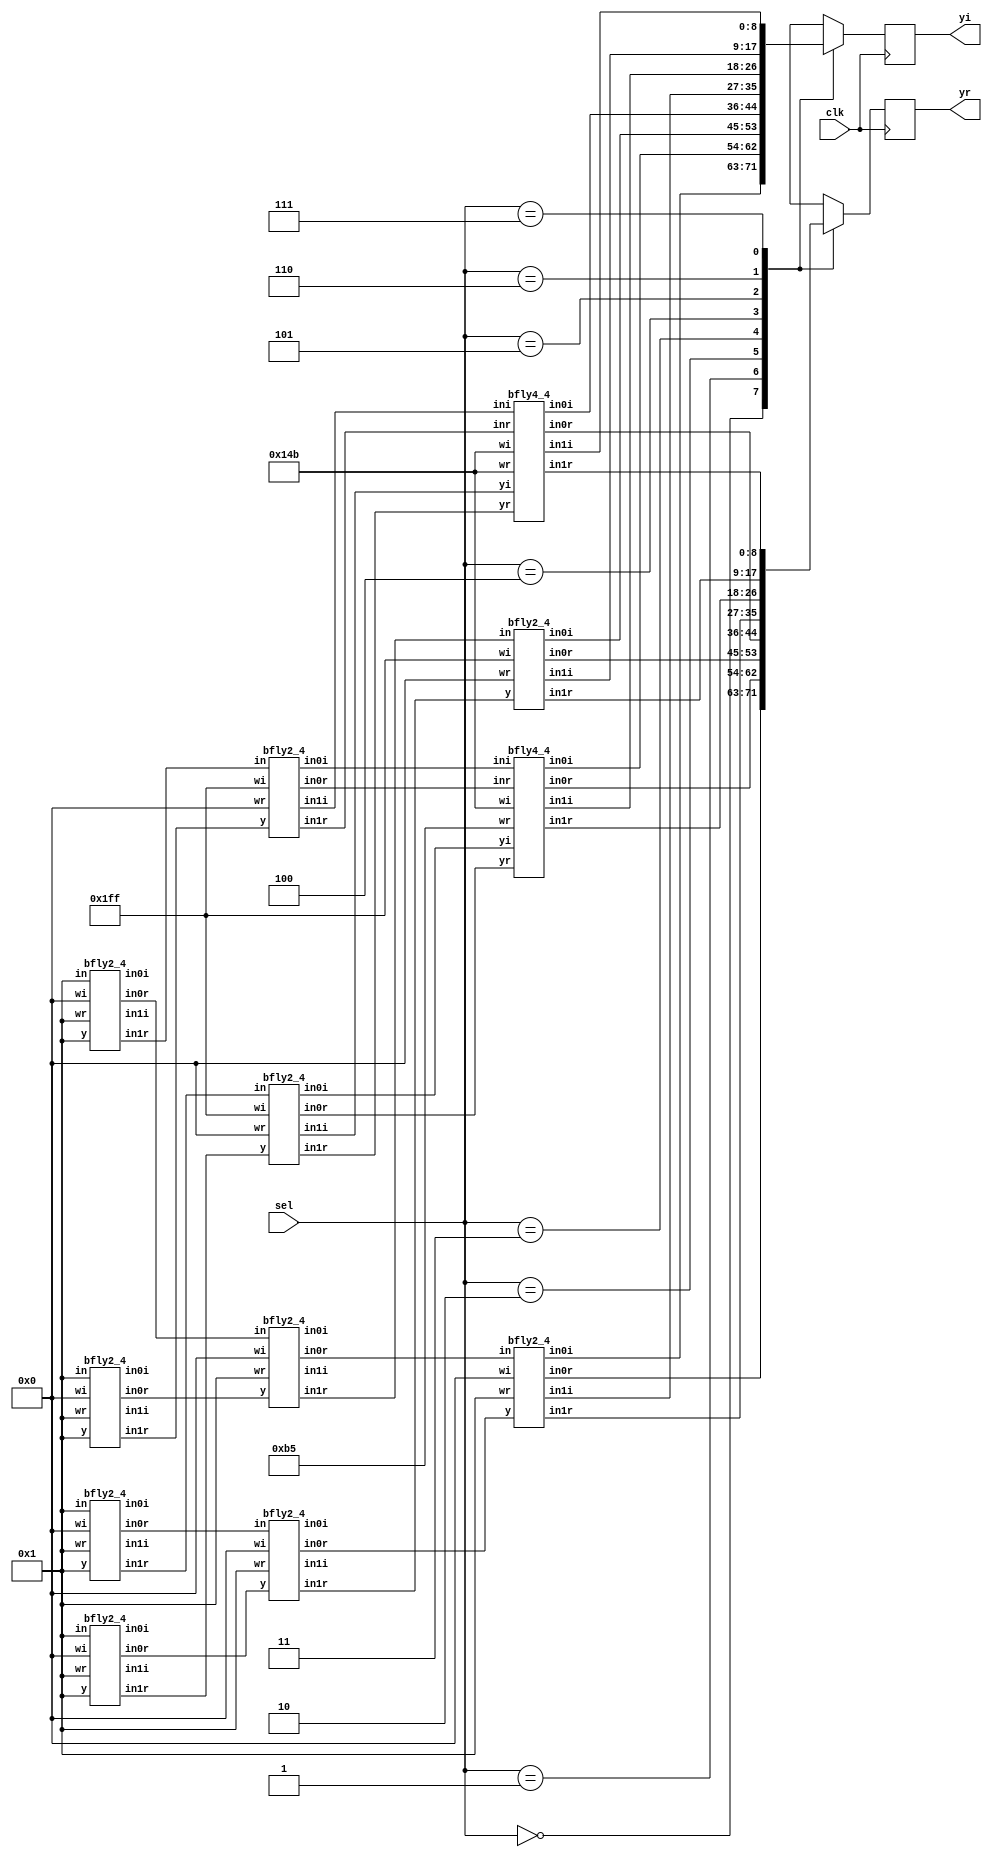
`timescale 1 ns/1 ns
module dit_fft_8(clk,sel,yr,yi);
input clk;
input [2:0] sel;
output reg [8:0] yr,yi;
wire [8:0] y0r,y1r,y2r,y3r,y4r,y5r,y6r,y7r,y0i,y1i,y2i,y3i,y4i,y5i,y6i,y7i;
wire [8:0] in20r,in20i,in21r,in21i,in22r,in22i,in23r,in23i,in24r,in24i,in25r,in25i,in26r,in26i,in27r,in27i;
wire [8:0] in10r,in10i,in11r,in11i,in12r,in12i,in13r,in13i,in14r,in14i,in15r,in15i,in16r,in16i,in17r,in17i;
wire [8:0] in0,in1,in2,in3,in4,in5,in6,in7;
parameter w0r=9'b1;
parameter w0i=9'b0;
parameter w1r=9'b010110101;                                        //0.707=0.10110101      
parameter w1i=9'b101001011;                                        //-0.707=1.01001011     
parameter w2r=9'b0;
parameter w2i=9'b111111111;                                        //-1(2's compliment)
parameter w3r=9'b101001011;                                        //-0.707=1.01001011
parameter w3i=9'b101001011;                                        //-0.707=1.01001011
//INPUT
assign in0=9'b1;                                                   //1
assign in1=9'b1;                                                   //1
assign in2=9'b1;                                                   //1
assign in3=9'b1;                                                   //1
assign in4=9'b1;                                                   //1
assign in5=9'b1;                                                   //1
assign in6=9'b1;                                                   //1
assign in7=9'b1;                                                   //1
//STAGE 1
bfly2_4 s11(in0,in4,w0r,w0i,in10r,in10i,in11r,in11i);              //1st 2 point DFT
bfly2_4 s12(in2,in6,w0r,w0i,in12r,in12i,in13r,in13i);              //2st 2 point DFT
bfly2_4 s13(in1,in5,w0r,w0i,in14r,in14i,in15r,in15i);              //3st 2 point DFT
bfly2_4 s14(in3,in7,w0r,w0i,in16r,in16i,in17r,in17i);              //4st 2 point DFT
//STAGE 2
bfly2_4 s21(in10r,in12r,w0r,w0i,in20r,in20i,in22r,in22i);
bfly2_4 s22(in11r,in13r,w2r,w2i,in21r,in21i,in23r,in23i);
bfly2_4 s23(in14r,in16r,w0r,w0i,in24r,in24i,in26r,in26i);
bfly2_4 s24(in15r,in17r,w2r,w2i,in25r,in25i,in27r,in27i);

//STAGE 3
bfly2_4 s31(in20r,in24r,w0r,w0i,y0r,y0i,y4r,y4i);
bfly4_4 s32(in21r,in21i,in25r,in25i,w1r,w1i,y1r,y1i,y5r,y5i);
bfly2_4 s33(in22r,in26r,w2r,w2i,y2r,y2i,y6r,y6i);
bfly4_4 s34(in23r,in23i,in27r,in27i,w3r,w3i,y3r,y3i,y7r,y7i);
  
always@(posedge clk)
case(sel)
0:begin yr=y0r; yi=y0i; end
1:begin yr=y1r; yi=y1i; end
2:begin yr=y2r; yi=y2i; end
3:begin yr=y3r; yi=y3i; end
4:begin yr=y4r; yi=y4i; end
5:begin yr=y5r; yi=y5i; end
6:begin yr=y6r; yi=y6i; end
7:begin yr=y7r; yi=y7i; end
endcase
endmodule

module bfly2_4(in,y,wr,wi,in0r,in0i,in1r,in1i);
input signed [8:0]in,y;
input signed [8:0]wr,wi;
output[8:0]in0r,in0i,in1r,in1i;
wire [17:0]p1,p2;
assign p1=wr*y;
assign p2=wi*y;
assign in0r=in+p1[8:0];
assign in0i=p2[8:0];
assign in1r=in-p1[8:0];
assign in1i=-p2[8:0];
endmodule

module bfly4_4(inr,ini,yr,yi,wr,wi,in0r,in0i,in1r,in1i);
input signed [8:0]inr,ini,yr,yi;
input signed [8:0]wr,wi;
output [8:0]in0r,in0i,in1r,in1i;
wire [17:0]p1,p2,p3,p4;
assign p1=wr*yr;
assign p2=wi*yi;
assign p3=wr*yi;
assign p4=wi*yr;
assign in0r=inr+p1[17:8]-p2[17:8];
assign in0i=ini+p3[17:8]+p4[17:8];
assign in1r=inr-p1[17:8]+p2[17:8];
assign in1i=ini-p3[17:8]-p4[17:8];
endmodule